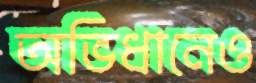
অভিধানেও